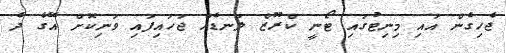
ޖެހިގެން އައި މިނިޓުގައި ޓޯނީ ކްރޫޒް ލަނޑެއް ޖަހައިފައި ވަނިކޮށް އޭގެ ދެ